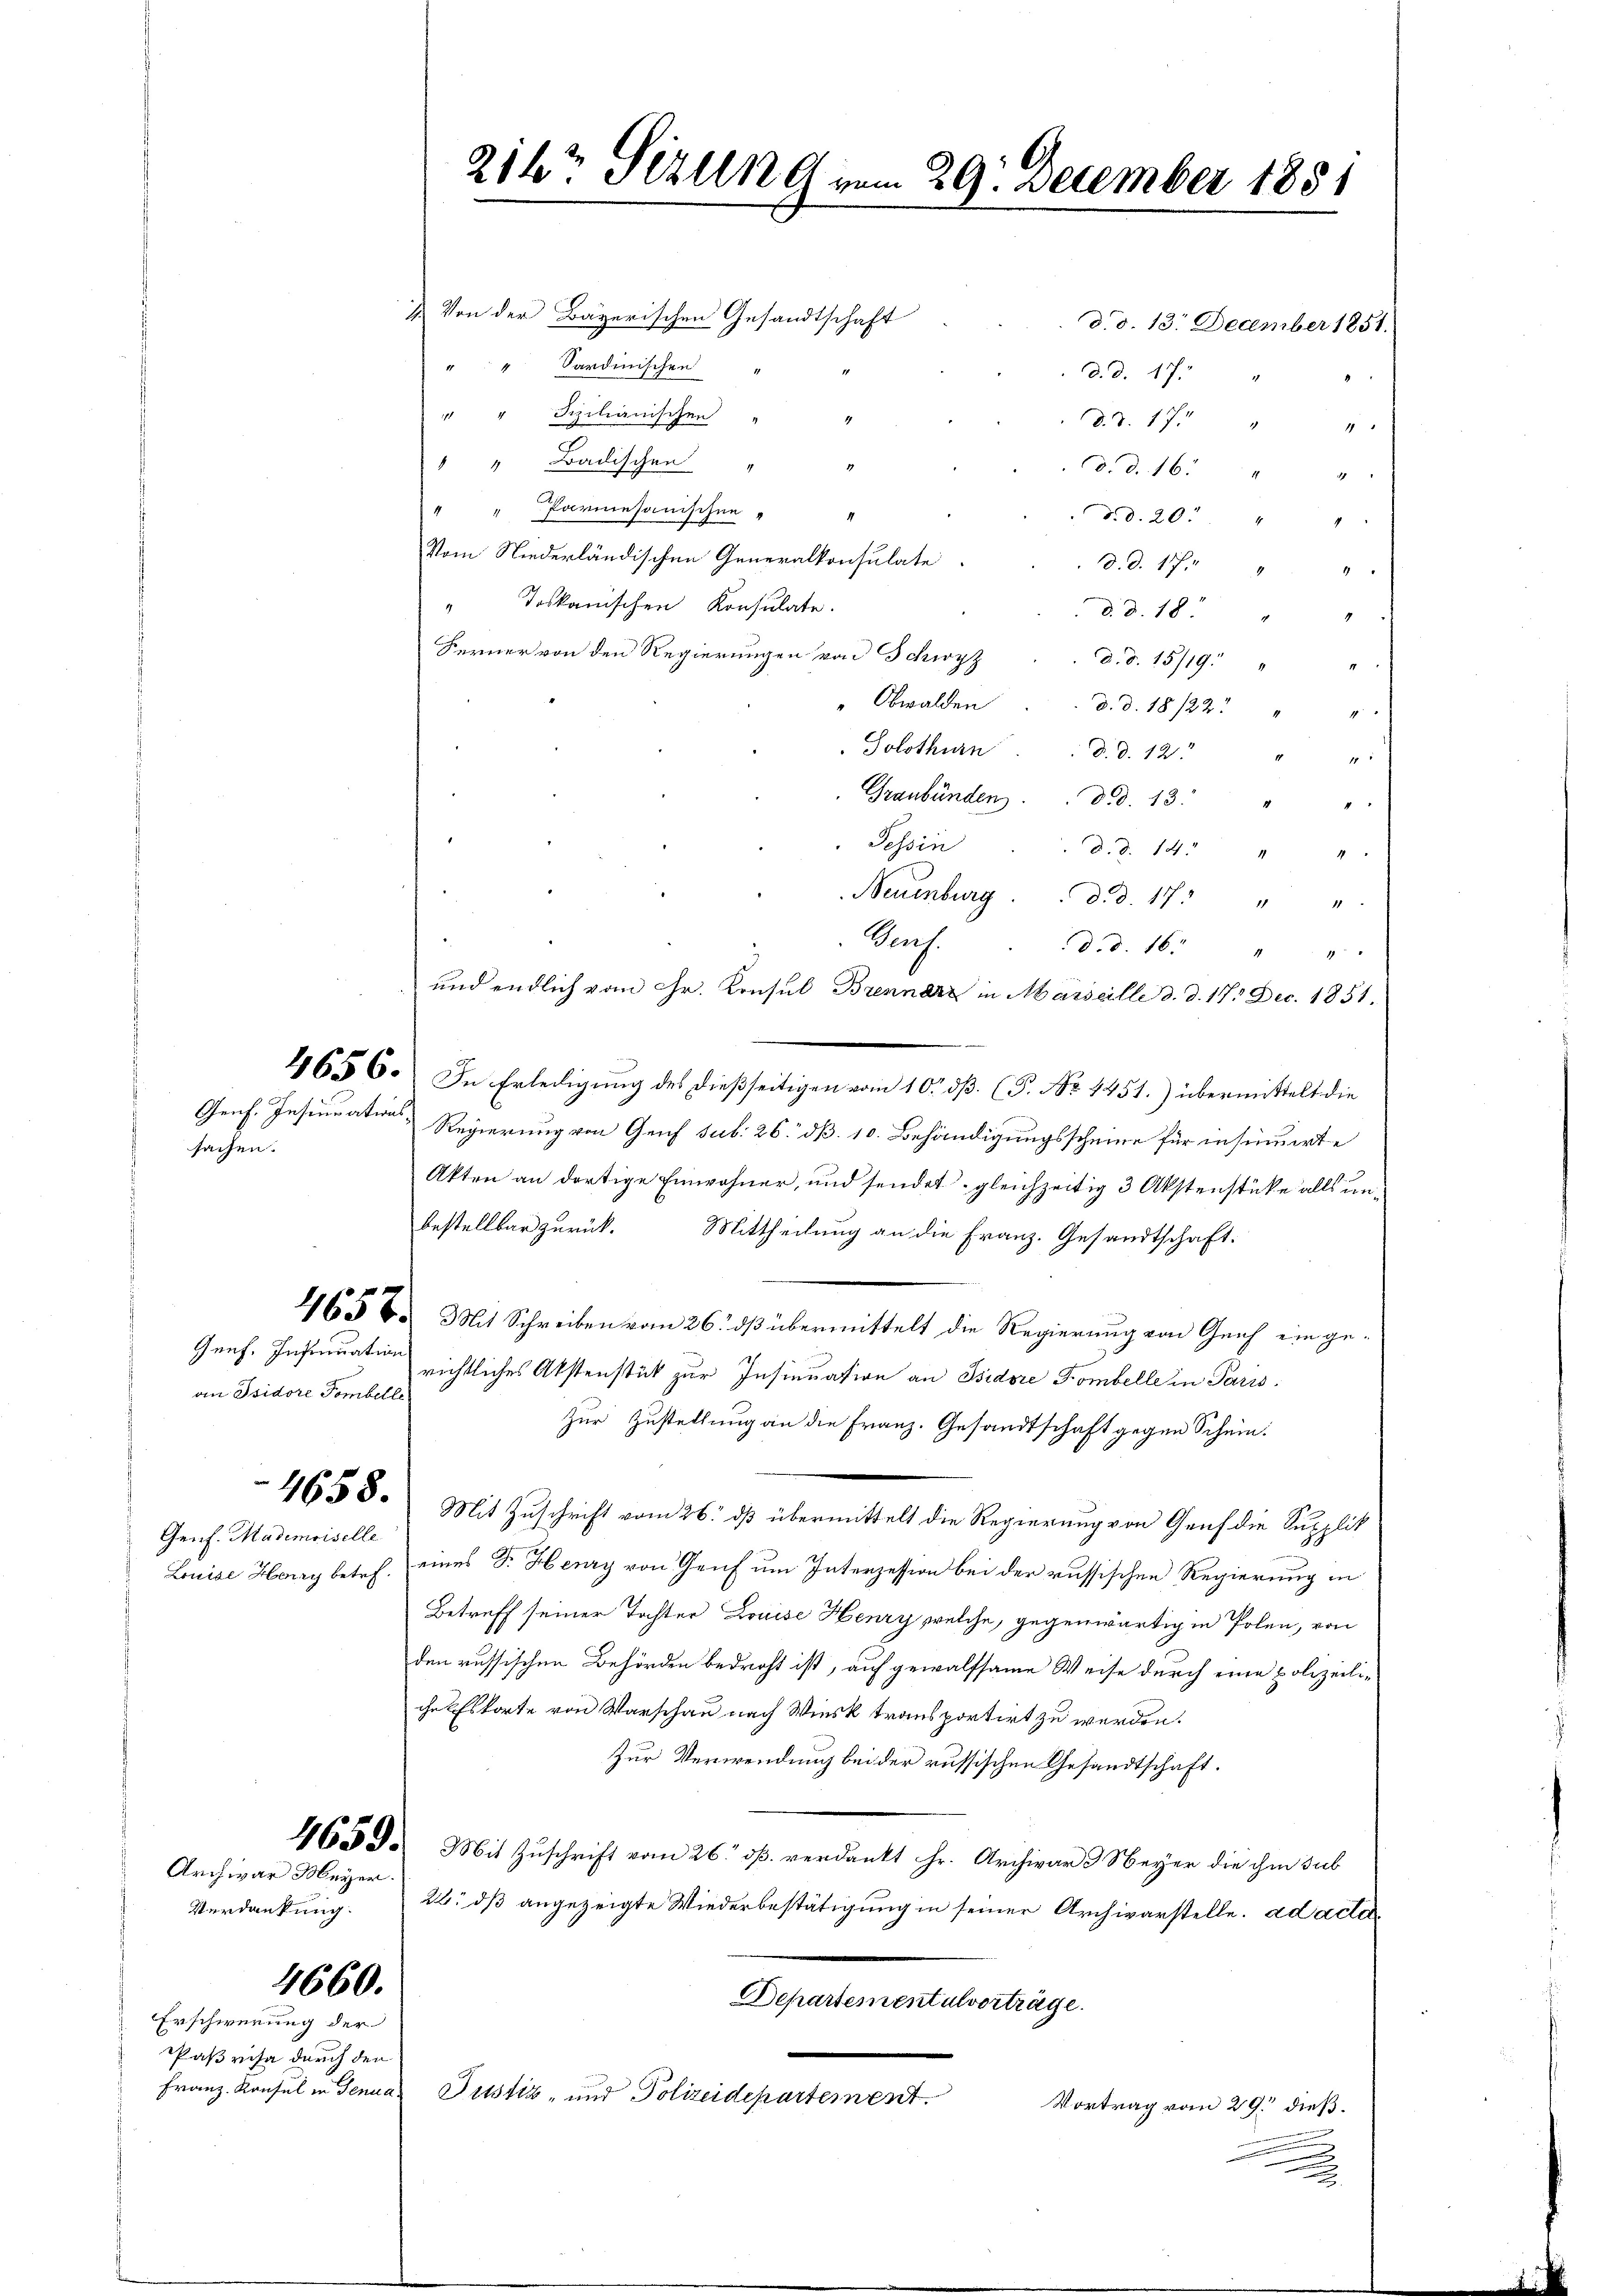
sachen.

Genf. Insinuation
an Isidore Pombelle

Genf. Mademoiselle

1. Von der Bayerischen Gesandtschaft
d. d. 13. December 1851.
" " " Sardinischen
d. d. 17.
" " Scilianischen "
d. d. 175 " "
" " Badischen
Cd. d. 16. " "
" " Parmesanischen
d. d. 20.
.
Vom Niederländischen Generalkonsulate
 d. d. 17. " "
"Toskanischen Konsulate.
d. d. 18
Ferner von den Regierungen von Schwyz
d. d. 15/19.
Obwalden
d. d. 18122.
Solothurn . . d. d. 12. " "
Graubünden. d. d. 13.
Tessin
d. d. 14. " "
Neuenburg . . d. d. 17. " "
Sach
d.d. 16.
4

und endlich vom Hr. Konsul Brennarz in Marseille d. d. 17. Dec. 1851.
4656. In Erledigung des dießseitigen vom 10. dß. (P. Nr. 1451.) übermittelt die
Genf. Insinuations Regierung von Genf sub. 26. dß. 10. Behändigungsscheine für insinuirte
Akten an dortige Einwohner, und sendet, gleichzeitig 3 Akstenstücke alls unbestellbar zurück. Mittheilung an die Franz. Gesandtschaft.
4658. Mit Schreiben vom 26. dß übermittelt die Regierung von Genf ein gerichtliches Abstenstück zur Insinuation an Isidore Pombelle in Paris
Zur Zustellung an die Franz. Gesandtschaft gegen Schein.
4658. Mit Zuschrift vom 26. ds übermittelt die Regierung von Genf die Supplik
Louise Harry betr. eines Dr. Herry von Genf um Interzession bei der russischen Regierung in
Betreff seiner Tochter Louise Henry welche, gegenwärtig in Polen, von
den russischen Behörden bedroht ist, auf gewaltsame Weise durch eine polizeiliihr Eskorte von Warschau nach Wiesk transportirt zu werden.
Zur Verwendung bei der russischen Gesandtschaft.
465 d. Mit Zuschrift vom 26. ds. verdankt Hr. Archivar 3 Meyer die ihm sub
22. dß angezeigte Wiederbestätigung in seiner Archivarstelle. ad acta¬
Departementalverträge.
Franz Konsul in Genuas Justiz- und Polizeidepartement
Vortrag vom 29. dieß.
x

Archivar Meyer
Verdankung.

Erschwerung der
Paßvisa durch den

4660.

214t Sizung vom 29. December 1881